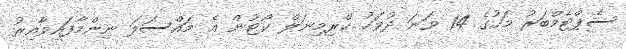
ސެޕްޓެމްބަރު މަހުގެ 14 ވަނަ ދުވަހު ކްރިމިނަލް ކޯޓުން އެ މައްސަލަ ނިންމާފައިވާއިރު